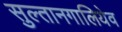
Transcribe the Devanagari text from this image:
सुल्तानगालियेव